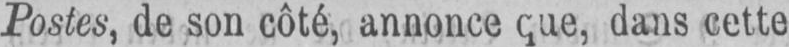
dans cette